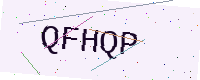
Text: QFHQP